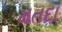
મતદા